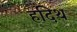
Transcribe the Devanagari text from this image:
हदिथ